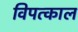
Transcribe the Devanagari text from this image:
विपत्काल